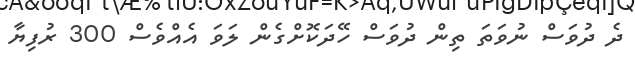
ދެ ދުވަސް ނުވަތަ ތިން ދުވަސް ހޭދަކޮށްގެން ލަވަ އެއްވެސް 300 ރުފިޔާ